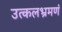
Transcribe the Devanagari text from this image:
उत्कलभ्रमणं